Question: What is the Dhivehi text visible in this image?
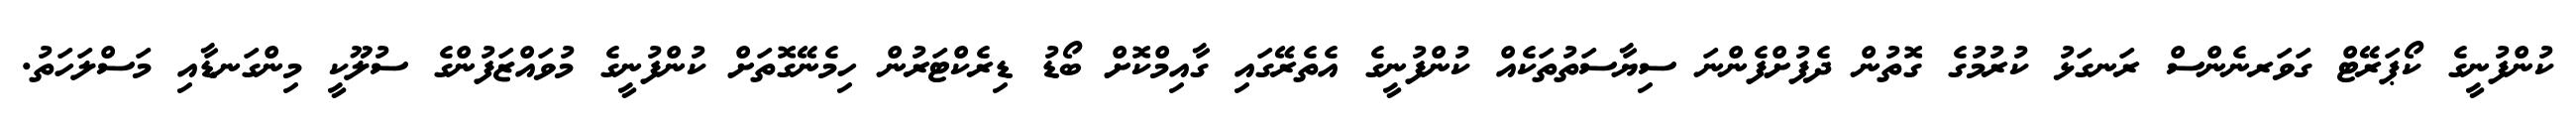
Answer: ކުންފުނީގެ ކޯޕަރޭޓް ގަވަރނެންސް ރަނގަޅު ކުރުމުގެ ގޮތުން ދެފުށްފެންނަ ސިޔާސަތުތަކެއް ކުންފުނީގެ އެތެރޭގައި ގާއިމްކޮށް ބޯޑު ޑިރެކްޓަރުން ހިމެނޭގޮތަށް ކުންފުނީގެ މުވައްޒަފުންގެ ސުލޫކީ މިންގަނޑާއި މަސްލަހަތު.